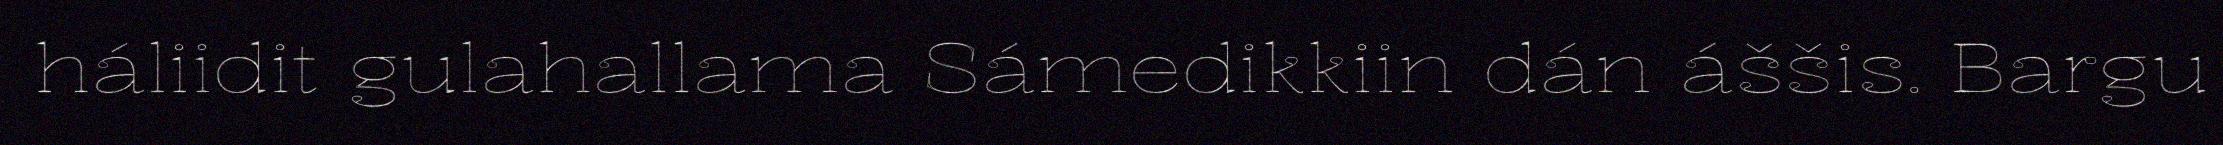
háliidit gulahallama Sámedikkiin dán áššis. Bargu